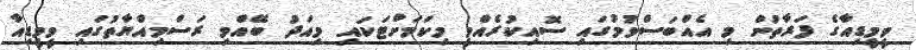
ވީމީޑިއާގެ ފަރާތުން މި އެއްބަސްވުމުގައި ސޮއިކުރެއްވީ މިކަމަށްޓަކައި މިއަދު ބޭއްވި ރަސްމިއްޔާތުގައި ވީމީޑިއާ